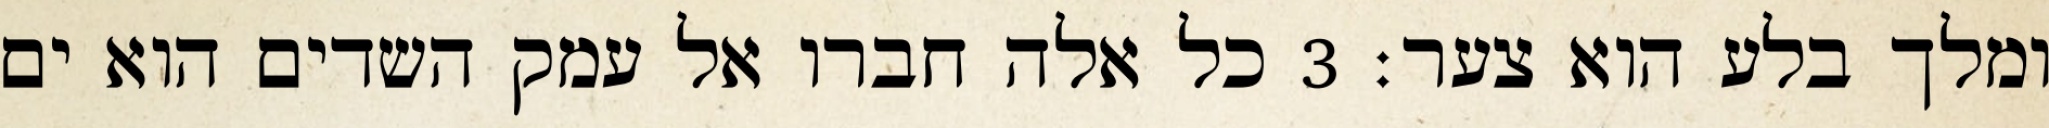
ומלך בלע הוא צער׃ ‎3‏ כל אלה חברו אל עמק השדים הוא ים